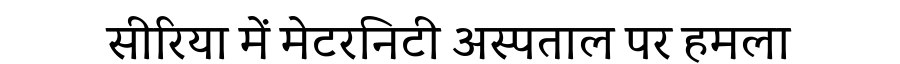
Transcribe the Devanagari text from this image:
सीरिया में मेटरनिटी अस्पताल पर हमला